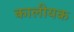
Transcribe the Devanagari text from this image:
कालीयक